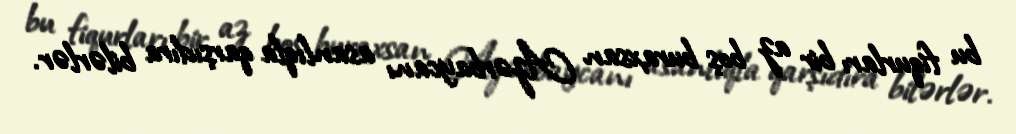
bu fiqurları bir az boş buraxsan Azərbaycanı asanlıqla qarşıdıra bilərlər.